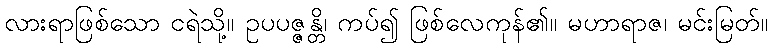
လားရာဖြစ်သော ငရဲသို့။ ဥပပဇ္ဇန္တိ၊ ကပ်၍ ဖြစ်လေကုန်၏။ မဟာရာဇ၊ မင်းမြတ်။